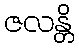
ဇလန္တိ